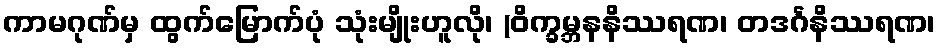
ကာမဂုဏ်မှ ထွက်မြောက်ပုံ သုံးမျိုးဟူလို၊ (ဝိက္ခမ္ဘနနိဿရဏ၊ တဒင်္ဂနိဿရဏ၊